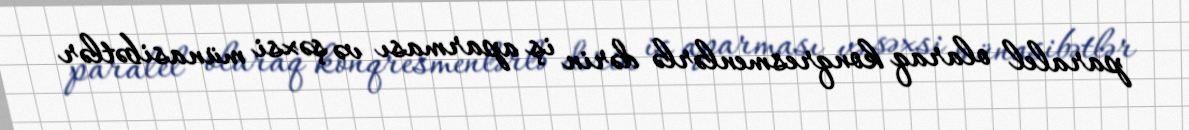
paralel olaraq konqresmenlərlə dərin iş aparması və şəxsi münasibətlər